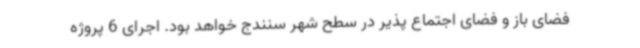
فضای باز و فضای اجتماع پذیر در سطح شهر سنندج خواهد بود. اجرای 6 پروژه